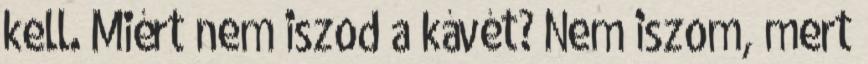
kell. Miért nem iszod a kávét? Nem iszom, mert